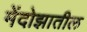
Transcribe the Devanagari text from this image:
मेंदोझातील